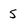
Character: 5